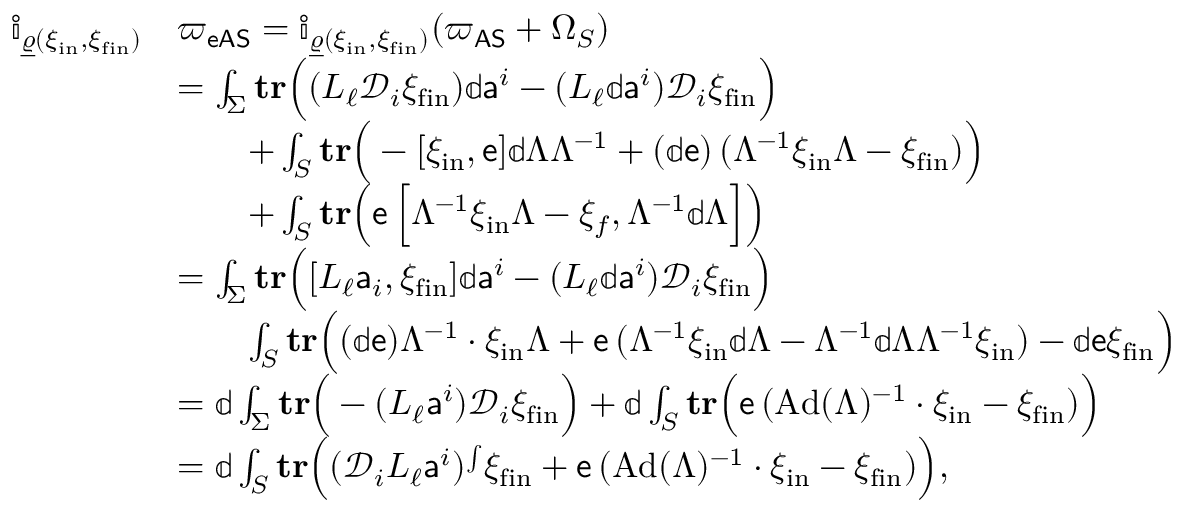
\begin{array} { r l } { \mathbb { i } _ { \underline { { \varrho } } ( \xi _ { \mathrm { i n } } , \xi _ { \mathrm { f i n } } ) } } & { { \varpi _ { \mathsf { e A S } } } = \mathbb { i } _ { \underline { { \varrho } } ( \xi _ { \mathrm { i n } } , \xi _ { \mathrm { f i n } } ) } ( { \varpi _ { \mathsf { A S } } } + \Omega _ { S } ) } \\ & { = \int _ { \Sigma } \mathbf { t r } \Big ( ( L _ { \ell } { \mathcal { D } } _ { i } \xi _ { \mathrm { f i n } } ) \mathbb { d } { \mathsf { a } } ^ { i } - ( L _ { \ell } \mathbb { d } { \mathsf { a } } ^ { i } ) { \mathcal { D } } _ { i } \xi _ { \mathrm { f i n } } \Big ) } \\ & { \qquad + \int _ { S } \mathbf { t r } \Big ( - [ \xi _ { \mathrm { i n } } , { \mathsf { e } } ] \mathbb { d } \Lambda \Lambda ^ { - 1 } + ( \mathbb { d } { \mathsf { e } } ) \, ( \Lambda ^ { - 1 } \xi _ { \mathrm { i n } } \Lambda - \xi _ { \mathrm { f i n } } ) \Big ) } \\ & { \qquad + \int _ { S } \mathbf { t r } \Big ( { \mathsf { e } } \, \Big [ \Lambda ^ { - 1 } \xi _ { \mathrm { i n } } \Lambda - \xi _ { f } , \Lambda ^ { - 1 } \mathbb { d } \Lambda \Big ] \Big ) } \\ & { = \int _ { \Sigma } \mathbf { t r } \Big ( [ L _ { \ell } { \mathsf { a } } _ { i } , \xi _ { \mathrm { f i n } } ] \mathbb { d } { \mathsf { a } } ^ { i } - ( L _ { \ell } \mathbb { d } { \mathsf { a } } ^ { i } ) { \mathcal { D } } _ { i } \xi _ { \mathrm { f i n } } \Big ) } \\ & { \qquad \int _ { S } \mathbf { t r } \Big ( ( \mathbb { d } { \mathsf { e } } ) \Lambda ^ { - 1 } \cdot \xi _ { \mathrm { i n } } \Lambda + { \mathsf { e } } \, ( \Lambda ^ { - 1 } \xi _ { \mathrm { i n } } \mathbb { d } \Lambda - \Lambda ^ { - 1 } \mathbb { d } \Lambda \Lambda ^ { - 1 } \xi _ { \mathrm { i n } } ) - \mathbb { d } { \mathsf { e } } \xi _ { \mathrm { f i n } } \Big ) } \\ & { = \mathbb { d } \int _ { \Sigma } \mathbf { t r } \Big ( - ( L _ { \ell } { \mathsf { a } } ^ { i } ) { \mathcal { D } } _ { i } \xi _ { \mathrm { f i n } } \Big ) + \mathbb { d } \int _ { S } \mathbf { t r } \Big ( { \mathsf { e } } \, ( \mathrm { A d } ( \Lambda ) ^ { - 1 } \cdot \xi _ { \mathrm { i n } } - \xi _ { \mathrm { f i n } } ) \Big ) } \\ & { = \mathbb { d } \int _ { S } \mathbf { t r } \Big ( ( { \mathcal { D } } _ { i } L _ { \ell } { \mathsf { a } } ^ { i } ) ^ { \int } \xi _ { \mathrm { f i n } } + { \mathsf { e } } \, ( \mathrm { A d } ( \Lambda ) ^ { - 1 } \cdot \xi _ { \mathrm { i n } } - \xi _ { \mathrm { f i n } } ) \Big ) , } \end{array}